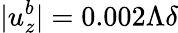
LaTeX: |u_{z}^{b}|=0.002\Lambda\delta